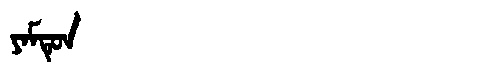
Manchu: ᠶᠠᠮᡨᡠᠨ
Romanization: YAMTUN